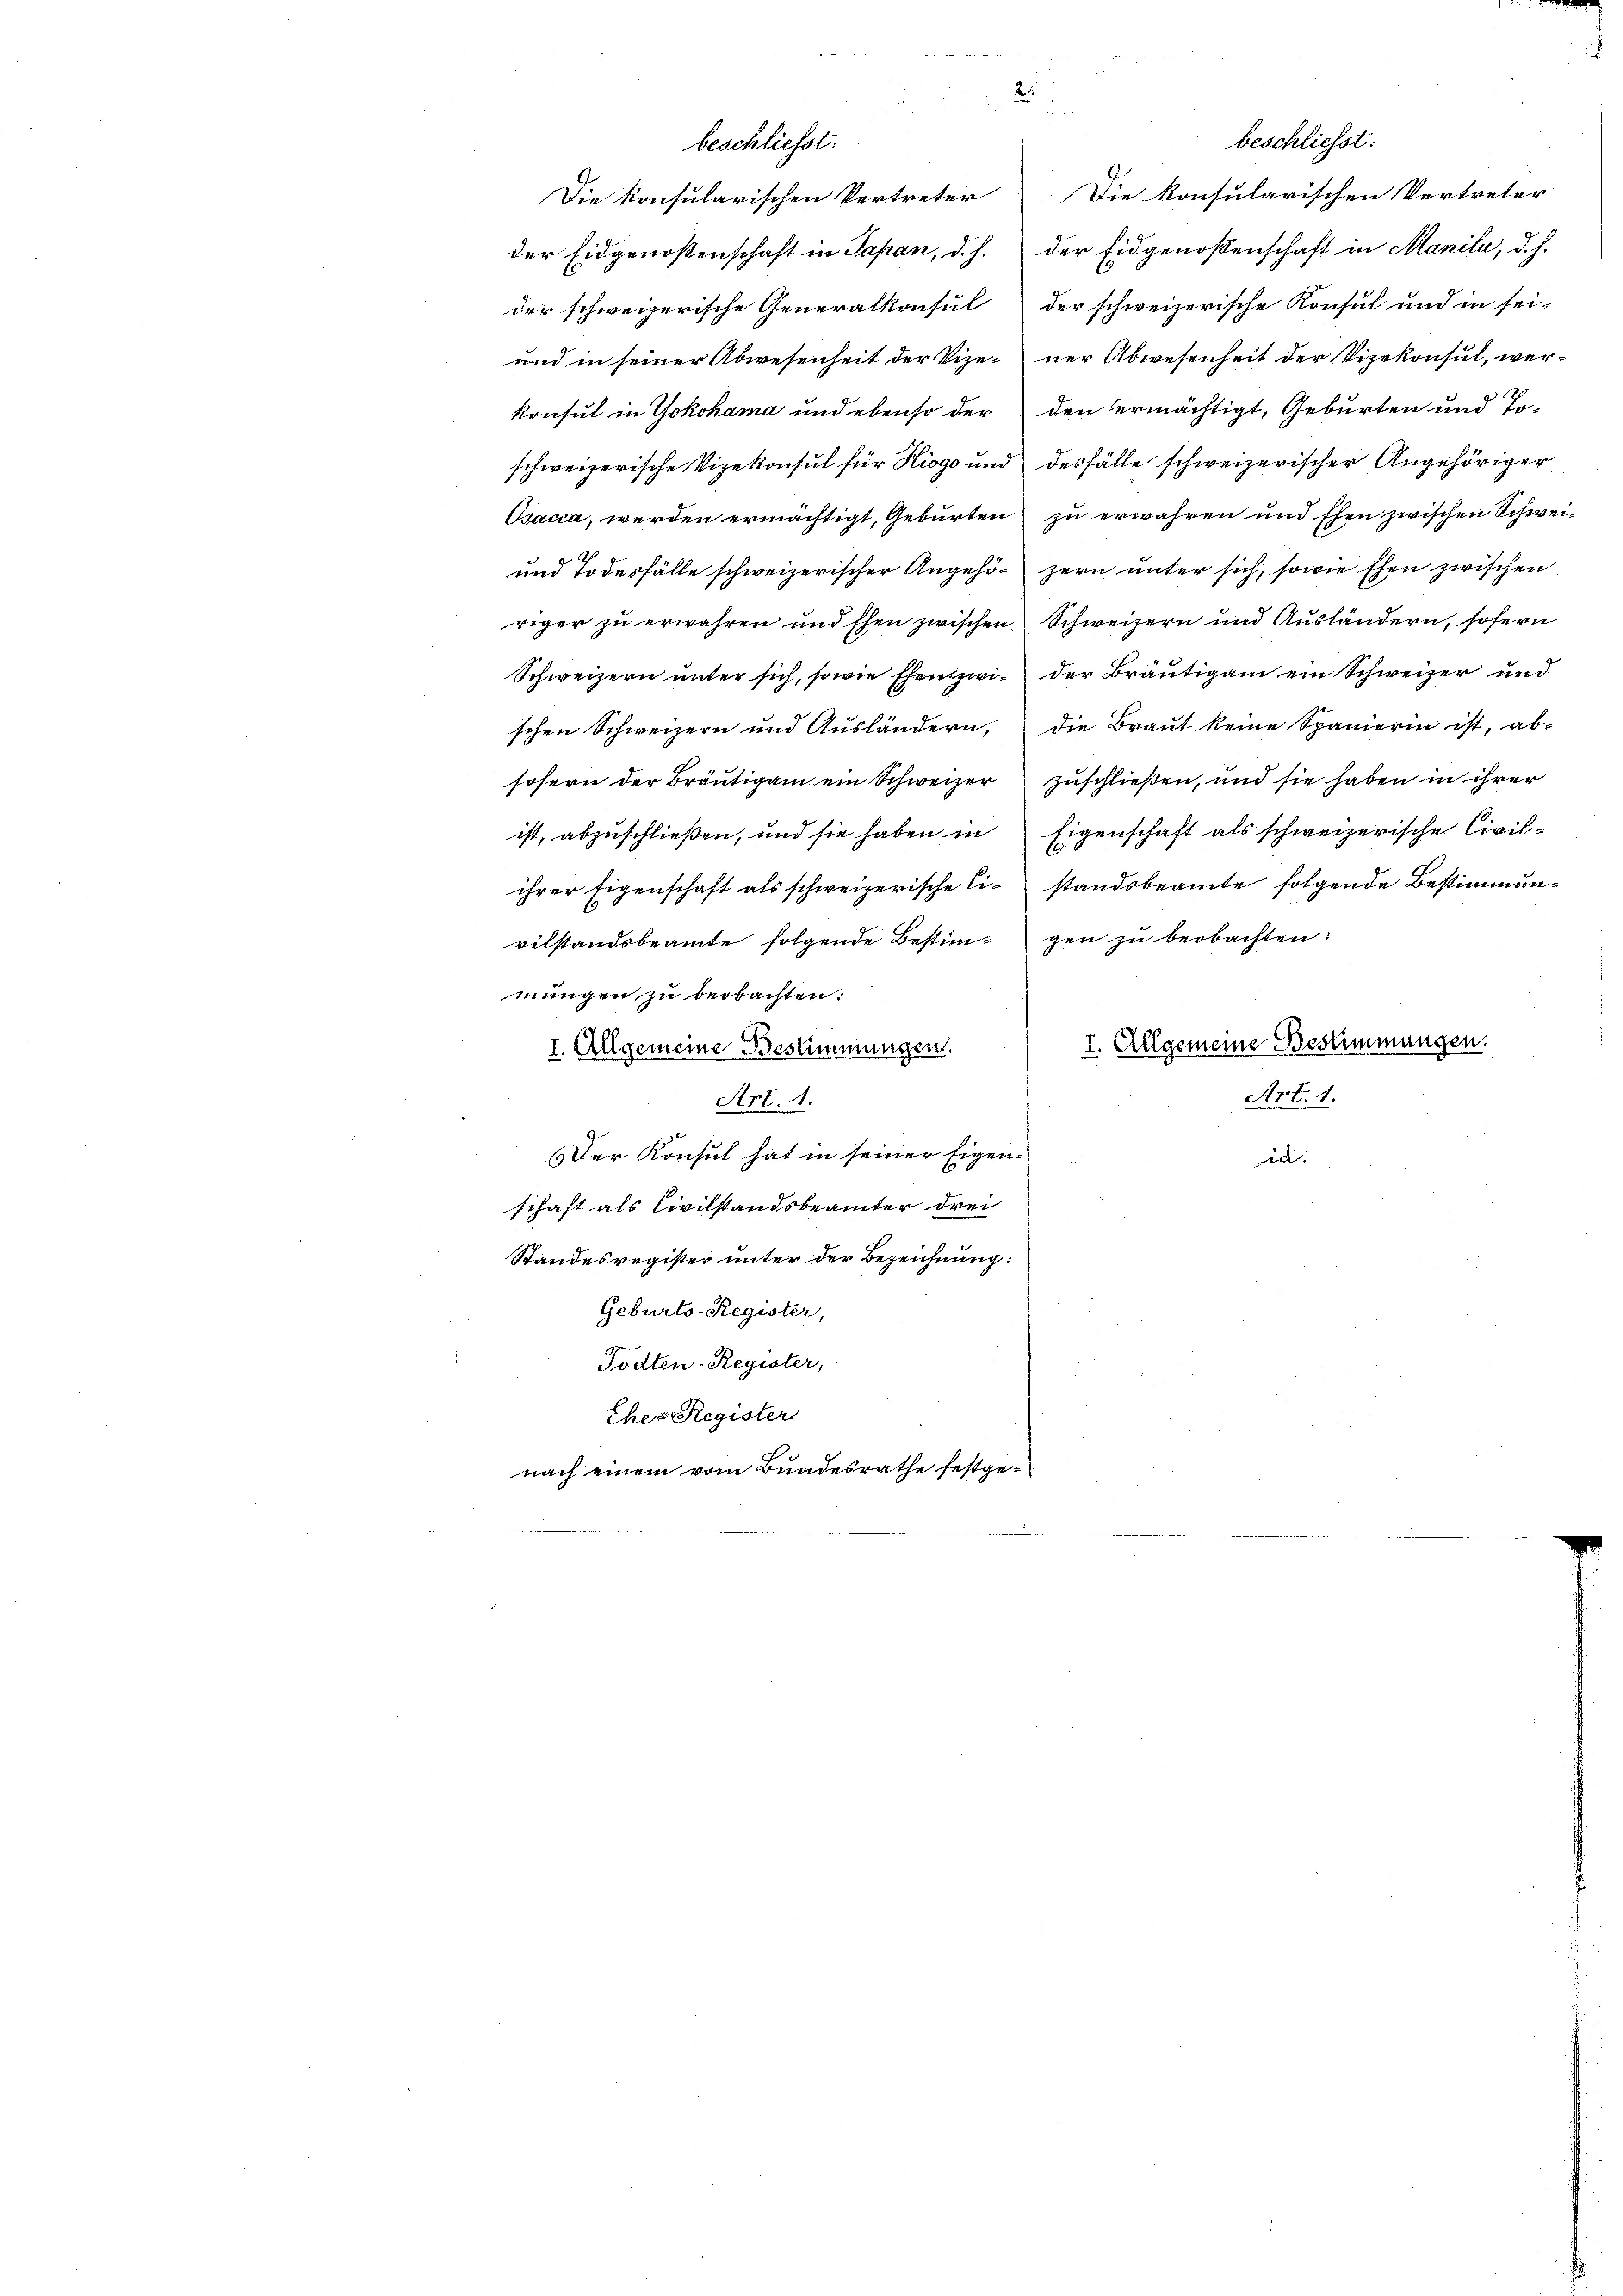
u
beschliesst:
beschliesst:
Die konsularischen Vertreter Die konsularischen Vertreter
der Eidgenossenschaft in Japan, d. h. der Eidgenossenschaft in Manila, d. J.
der schweizerische Generalkonsul der schweizerische Konsul und in sei-
ner Abwesenheit der Vizekonsul, wer¬
und in seiner Abwesenheit der Vize-
den ermächtigt, Geburten und Tokonsul in Yokohama und ebenso der
schweizerische Vizekonsul für Hiogo und desfälle schweizerischer Angehöriger
Osacca, werden ermächtigt, Geburten zu erwahren und Ehen zwischen Schwei-
und Todesfälle schweizerischer Angehör zern unter sich, sowie Ehen zwischen
riger zu erwahren und Ehen zwischen Schweizern und Ausländern, sofern
Schweizern ŭnter sich, sowie Ehen zwi- der Bräutigam ein Schweizer und
schen Schweizern und Aŭsländern, die Braŭt keine Spanierin ist, ab-
zuschließen, und sie haben in ihrer
sofern der Bräutigam ein Schweizer
Eigenschaft als schweizerische Civil-
ist, abzuschließen, und sie haben in
ihrer Eigenschaft als schweizerische Ci-standsbeamte folgende Bestimmunvilstandsbeamte folgende Bestim-gen zu beobachten:
mungen zu beobachten:
I. Allgemeine Bestimmungen.
I. Allgemeine Bestimmungen.
Art. 1.
Art. 1.
Der Konsul hat in seiner Eigen-
in
schaft als Civilstandsbeamter drei
Standesregister unter der Bezeichnung:
Geburts-Register,
Todten-Register,
Eher Register
nach einem vom Bundesrathe festge¬